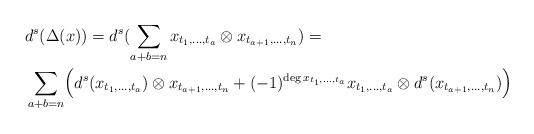
LaTeX: \begin{align*}\begin{aligned}\ &d^s(\Delta(x))=d^s(\sum_{a+b=n}x_{t_1,\dots,t_a}\otimes x_{t_{a+1},\dots,t_n})=\\&\sum_{a+b=n}\Bigl(d^s(x_{t_1,\dots,t_a})\otimes x_{t_{a+1},\dots,t_n}+(-1)^{\deg x_{t_1,\dots,t_a}}x_{t_1,\dots,t_a}\otimes d^s(x_{t_{a+1},\dots,t_n})\Bigr)\end{aligned}\end{align*}